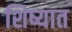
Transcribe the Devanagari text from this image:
शिष्यात